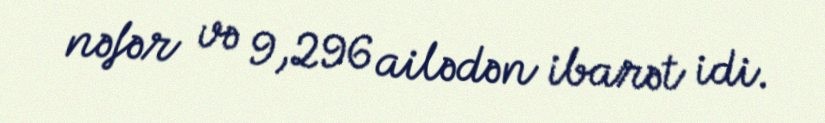
nəfər və 9,296 ailədən ibarət idi.